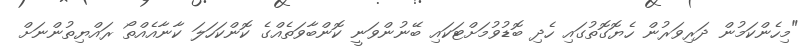
"މިހެންކަމުން ދަރިވަރުން ހެޔޮގޮތުގައި ހެދި ބޮޑުވުމަށްޓަކައި ބޭނުންވަނީ ކޮންބާވަތެއްގެ ކޮންކަހަލަ ކާނާއެއްތޯ ރައްޔިތުންނަށް